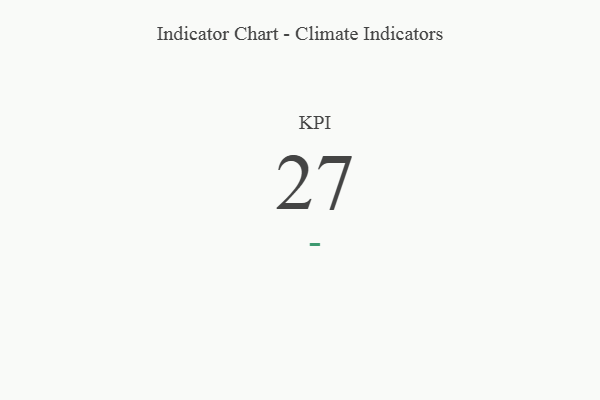
{"axis": {"x": "KPI", "y": "Value"}, "legend": [""], "data": [{"x": "KPI", "y": 27, "type": ""}]}